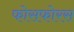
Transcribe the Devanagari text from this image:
फोसफोरस